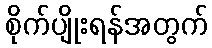
စိုက်ပျိုးရန်အတွက်